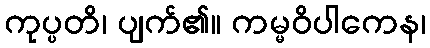
ကုပ္ပတိ၊ ပျက်၏။ ကမ္မဝိပါကေန၊